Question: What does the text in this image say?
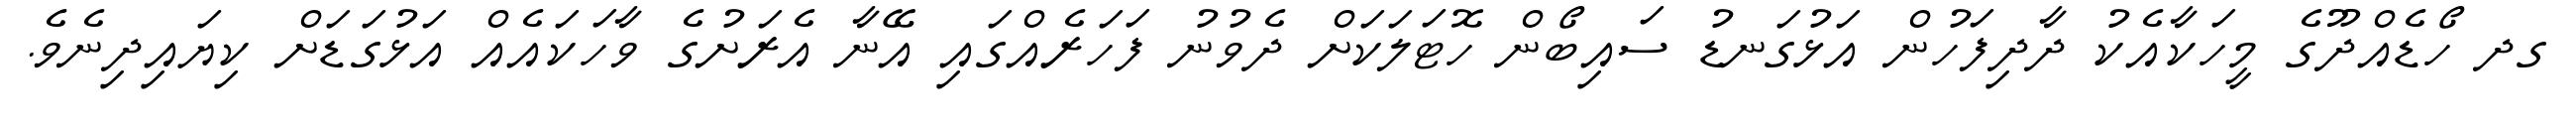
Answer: ގދ ހޯޑެއްދޫގެ މީހަކާއެކު ދާދިފަހުން އަޅުގަނޑު ސައިބޯން ހޮޓަލަކަށް ދެވުނު ފަހަރެއްގައި އޭނާ އެރަށުގެ ވާހަކައެއް އަޅުގަޑަށް ކިޔައިދިނެވެ.